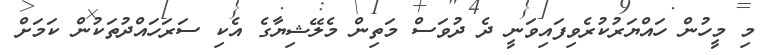
މި މީހުން ހައްޔަރުކުރެވިފައިވަނީ ދެ ދުވަސް މަތިން މެލޭޝިޔާގެ އެކި ސަރަހައްދުތަކުން ކަމަށް